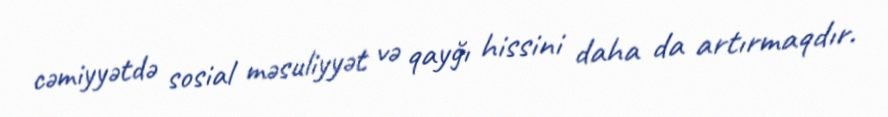
cəmiyyətdə sosial məsuliyyət və qayğı hissini daha da artırmaqdır.